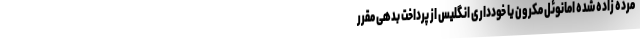
مرده زاده شده امانوئل مکرون یا خودداری انگلیس از پرداخت بدهی مقرر